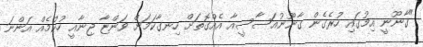
"ގާނޫނީ އިމުގައި ހުރެގެން ގާނޫނުއަސާސީއާ އެއްގޮތަށް ހިނގާކަމަށް ވަންޏާ ޖިނާއީ ހުކުމެއް އަންނަ